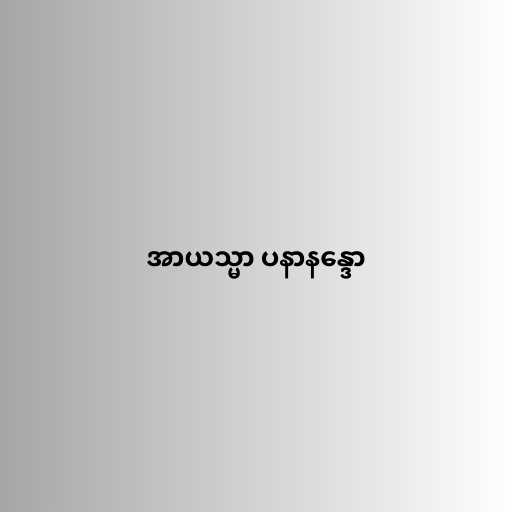
အာယသ္မာ ပနာနန္ဒော